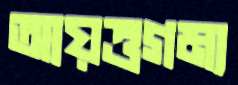
আয়ত্তগম্য